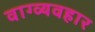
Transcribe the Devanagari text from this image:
वाग्व्यवहार